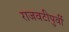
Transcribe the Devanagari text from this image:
राजवटीपुर्वी